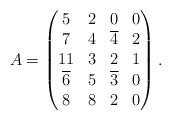
LaTeX: \begin{align*}A=\begin{pmatrix}5 & 2 & 0 & 0 \\7 & 4 & \overline{4} & 2 \\11 & 3 & 2 & 1\\\overline{6} & 5 & \overline{3} & 0 \\8 & 8 & 2 & 0\end{pmatrix}.\end{align*}